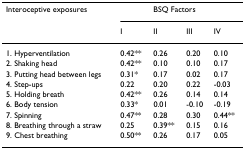
<table><thead><tr><td><b>Interoceptive exposures</b></td><td></td><td colspan="2"><b>BSQ Factors</b></td><td></td></tr><tr><td></td><td><b>I</b></td><td><b>II</b></td><td><b>III</b></td><td><b>IV</b></td></tr></thead><tbody><tr><td>1. Hyperventilation</td><td>0.42**</td><td>0.26</td><td>0.20</td><td>0.10</td></tr><tr><td>2. Shaking head</td><td>0.42**</td><td>0.10</td><td>0.10</td><td>0.17</td></tr><tr><td>3. Putting head between legs</td><td>0.31*</td><td>0.17</td><td>0.02</td><td>0.17</td></tr><tr><td>4. Step-ups</td><td>0.22</td><td>0.20</td><td>0.22</td><td>-0.03</td></tr><tr><td>5. Holding breath</td><td>0.42**</td><td>0.26</td><td>0.14</td><td>0.14</td></tr><tr><td>6. Body tension</td><td>0.33*</td><td>0.01</td><td>-0.10</td><td>-0.19</td></tr><tr><td>7. Spinning</td><td>0.47**</td><td>0.28</td><td>0.30</td><td>0.44**</td></tr><tr><td>8. Breathing through a straw</td><td>0.25</td><td>0.39**</td><td>0.15</td><td>0.16</td></tr><tr><td>9. Chest breathing</td><td>0.50**</td><td>0.26</td><td>0.17</td><td>0.05</td></tr></tbody></table>